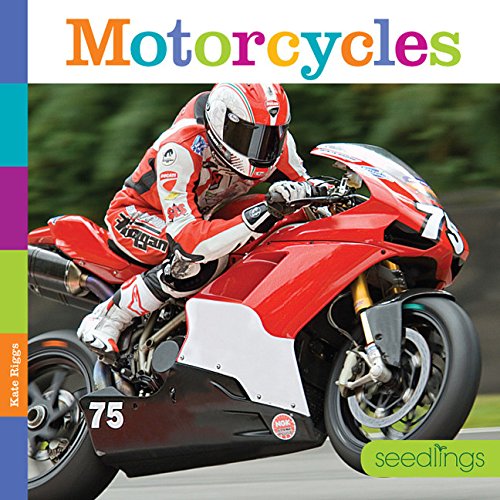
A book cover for Seedlings: Motorcycles; Kate Riggs; Children's Books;